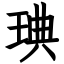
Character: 琠